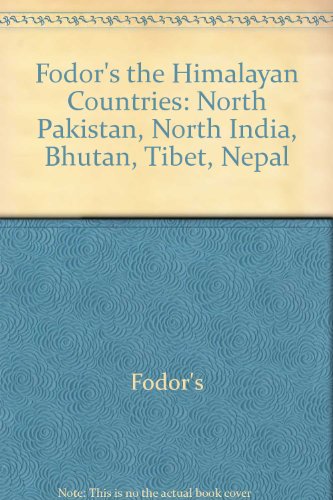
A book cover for The Himalayan Countries: Bhutan, Nepal, North India, North Pakistan, Tibet (Fodor's the Himalayan Countries); Fodor's; Travel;